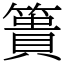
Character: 簣